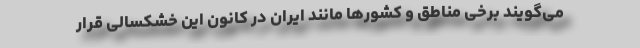
می‌گویند برخی مناطق و کشورها مانند ایران در کانون این خشکسالی قرار